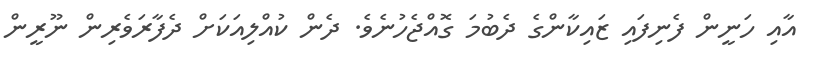
އާއި ހަނީން ފެނިފައި ޒައިކާންގެ ދެބުމަ ގޮއްޖެހުނެވެ. ދެން ކުއްލިއަކަށް ދެފާރަވެރިން ނޫރީން